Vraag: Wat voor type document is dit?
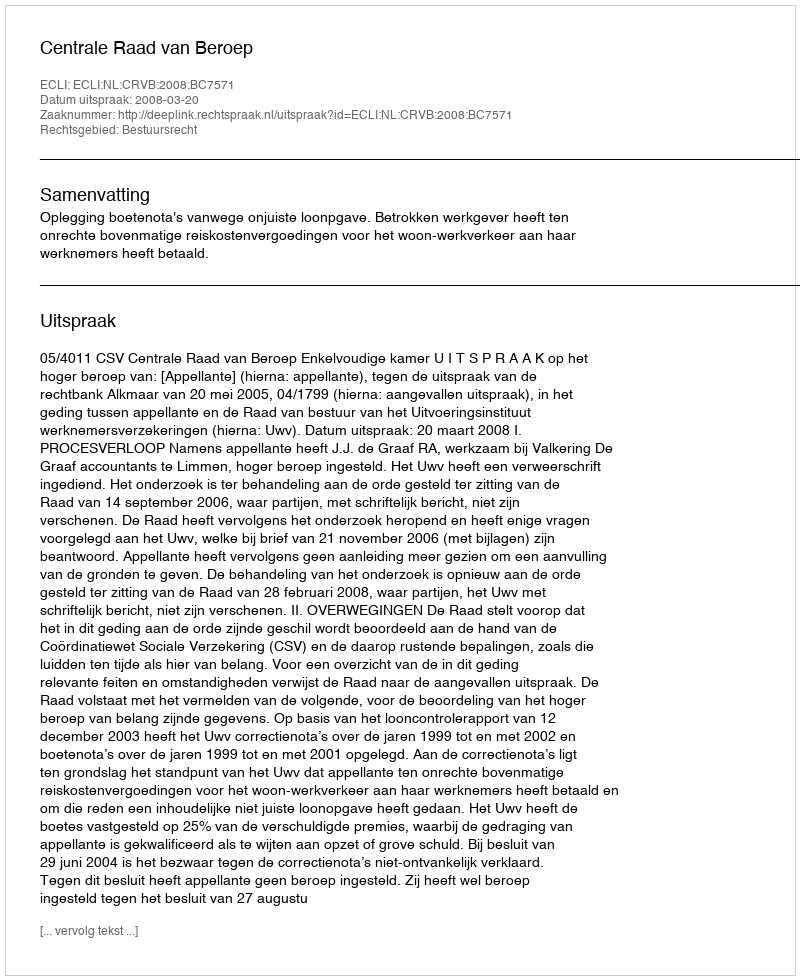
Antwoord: Uitspraak